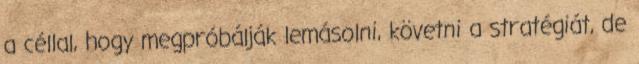
a céllal, hogy megpróbálják lemásolni, követni a stratégiát, de